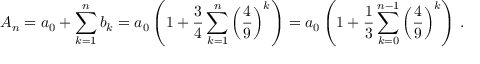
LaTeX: A _ { n } = a _ { 0 } + \sum _ { k = 1 } ^ { n } b _ { k } = a _ { 0 } \left( 1 + { \frac { 3 } { 4 } } \sum _ { k = 1 } ^ { n } \left( { \frac { 4 } { 9 } } \right) ^ { k } \right) = a _ { 0 } \left( 1 + { \frac { 1 } { 3 } } \sum _ { k = 0 } ^ { n - 1 } \left( { \frac { 4 } { 9 } } \right) ^ { k } \right) \, .